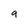
Character: 9